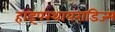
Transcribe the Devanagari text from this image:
हाइपरथायराडिज्म